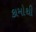
કામોથી